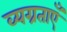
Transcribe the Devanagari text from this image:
व्यग्रताएँ